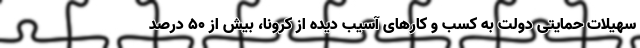
سهیلات حمایتی دولت به کسب و کارهای آسیب دیده از کرونا، بیش از ۵۰ درصد